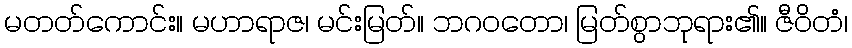
မတတ်ကောင်း။ မဟာရာဇ၊ မင်းမြတ်။ ဘဂဝတော၊ မြတ်စွာဘုရား၏။ ဇီဝိတံ၊